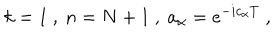
LaTeX: k = 1 \ , \ n = N + 1 \ , \ a _ { \alpha } = e ^ { - i c _ { \alpha } T } \ ,